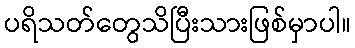
ပရိသတ်တွေသိပြီးသားဖြစ်မှာပါ။